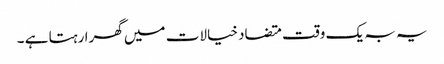
یہ بہ یک وقت متضاد خیالات میں گھرا رہتا ہے ۔